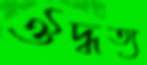
ঔদ্ধত্য